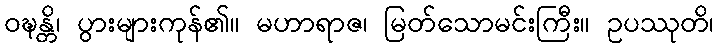
ဝဍ္ဎန္တိ၊ ပွားများကုန်၏။ မဟာရာဇ၊ မြတ်သောမင်းကြီး။ ဥပဿုတိ၊